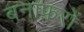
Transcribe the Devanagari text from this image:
बनाफ़रों